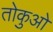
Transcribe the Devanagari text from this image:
तोकुओ